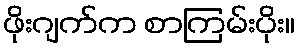
ဖိုးဂျက်က စာကြမ်းပိုး။